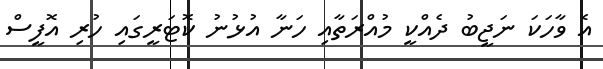
އެ ވާހަކަ ނަޖީބު ދެއްކީ މުއްރަތާއި ހަނާ އުޅުނު ކޮޓަރީގައި ހުރި އޮފީސް